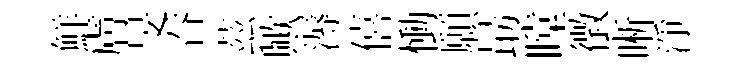
鮮膚旻吞茲歟溽僖慟願朂瞠徴晰淨